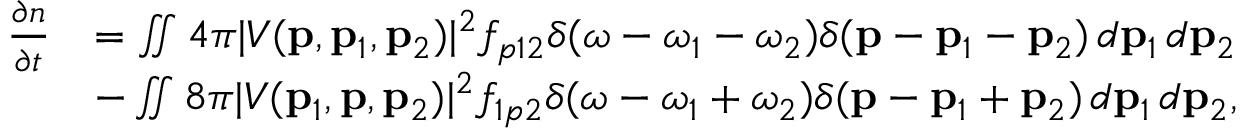
\begin{array} { r l } { \frac { \partial n } { \partial t } } & { = \iint 4 \pi | V ( \mathbf { p } , \mathbf { p } _ { 1 } , \mathbf { p } _ { 2 } ) | ^ { 2 } f _ { p 1 2 } \delta ( \omega - \omega _ { 1 } - \omega _ { 2 } ) \delta ( \mathbf { p } - \mathbf { p } _ { 1 } - \mathbf { p } _ { 2 } ) \, d \mathbf { p } _ { 1 } \, d \mathbf { p } _ { 2 } } \\ & { - \iint 8 \pi | V ( \mathbf { p } _ { 1 } , \mathbf { p } , \mathbf { p } _ { 2 } ) | ^ { 2 } f _ { 1 p 2 } \delta ( \omega - \omega _ { 1 } + \omega _ { 2 } ) \delta ( \mathbf { p } - \mathbf { p } _ { 1 } + \mathbf { p } _ { 2 } ) \, d \mathbf { p } _ { 1 } \, d \mathbf { p } _ { 2 } , } \end{array}